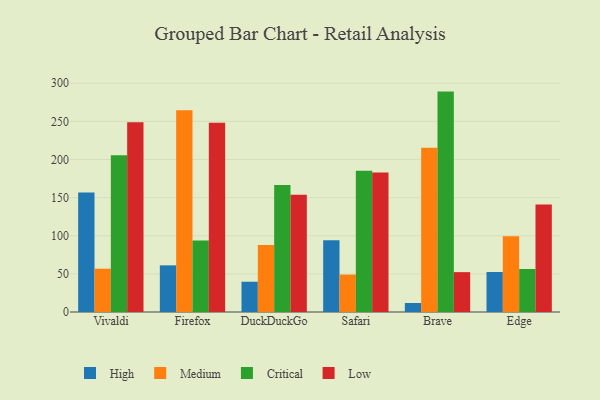
{"axis": {"x": "Browser", "y": "Bounce Rate (%)"}, "legend": ["Critical", "High", "Low", "Medium"], "data": [{"x": "Vivaldi", "y": 156.9, "type": "High"}, {"x": "Vivaldi", "y": 56.8, "type": "Medium"}, {"x": "Vivaldi", "y": 205.6, "type": "Critical"}, {"x": "Vivaldi", "y": 248.8, "type": "Low"}, {"x": "Firefox", "y": 61.2, "type": "High"}, {"x": "Firefox", "y": 264.7, "type": "Medium"}, {"x": "Firefox", "y": 93.8, "type": "Critical"}, {"x": "Firefox", "y": 248.4, "type": "Low"}, {"x": "DuckDuckGo", "y": 39.7, "type": "High"}, {"x": "DuckDuckGo", "y": 87.8, "type": "Medium"}, {"x": "DuckDuckGo", "y": 166.5, "type": "Critical"}, {"x": "DuckDuckGo", "y": 153.7, "type": "Low"}, {"x": "Safari", "y": 94.0, "type": "High"}, {"x": "Safari", "y": 49.1, "type": "Medium"}, {"x": "Safari", "y": 185.3, "type": "Critical"}, {"x": "Safari", "y": 182.9, "type": "Low"}, {"x": "Brave", "y": 11.8, "type": "High"}, {"x": "Brave", "y": 215.5, "type": "Medium"}, {"x": "Brave", "y": 289.1, "type": "Critical"}, {"x": "Brave", "y": 52.3, "type": "Low"}, {"x": "Edge", "y": 52.5, "type": "High"}, {"x": "Edge", "y": 99.4, "type": "Medium"}, {"x": "Edge", "y": 56.4, "type": "Critical"}, {"x": "Edge", "y": 141.1, "type": "Low"}]}